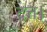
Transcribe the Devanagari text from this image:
दत्त।